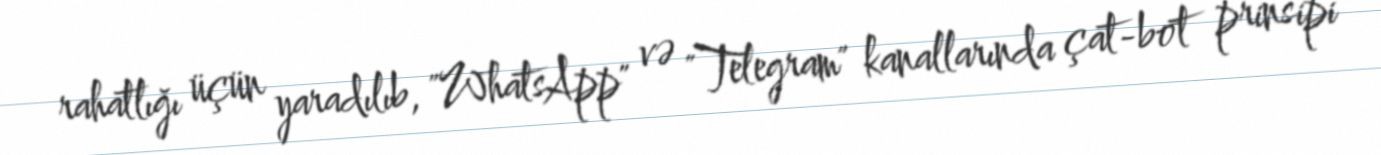
rahatlığı üçün yaradılıb, "WhatsApp" və "Telegram" kanallarında çat-bot prinsipi